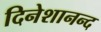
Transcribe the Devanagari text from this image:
दिनेशानन्द